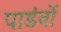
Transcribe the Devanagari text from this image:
पाडंवों